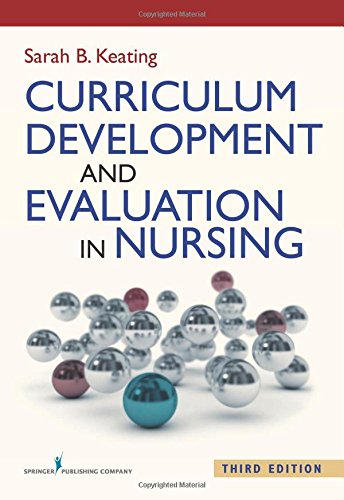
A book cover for Curriculum Development and Evaluation in Nursing, Third Edition; Medical Books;